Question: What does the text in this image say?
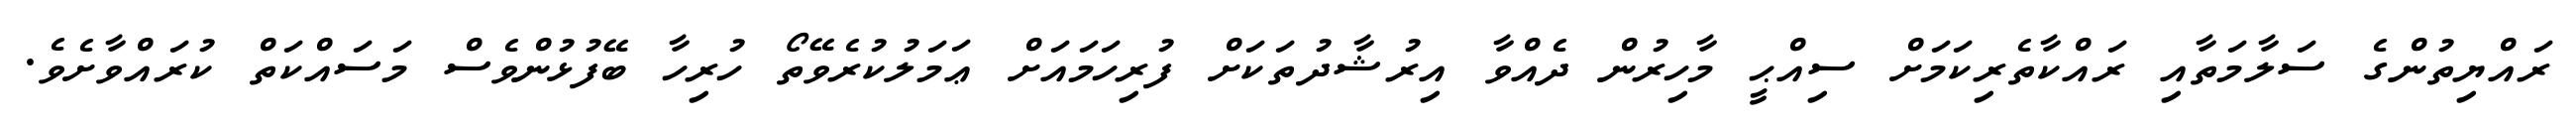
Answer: ރައްޔިތުންގެ ސަލާމަތާއި ރައްކާތެރިކަމަށް ސިއްޙީ މާހިރުން ދެއްވާ އިރުޝާދުތަކަށް ފުރިހަމައަށް ޢަމަލުކުރެވޭތޯ ހުރިހާ ބޭފުޅުންވެސް މަސައްކަތް ކުރައްވާށެވެ.